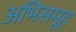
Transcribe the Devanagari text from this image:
अभिसमूह